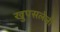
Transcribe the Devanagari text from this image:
खुपसलेली